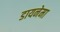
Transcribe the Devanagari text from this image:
डायनेमा